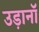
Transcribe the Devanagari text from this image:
उड़ानॉ